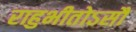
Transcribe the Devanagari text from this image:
राहुभीतोऽसौ